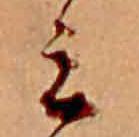
ミ